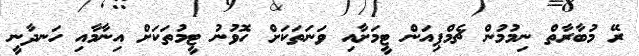
ރޭ މުބާރާތް ނިމުމުން ޗެމްޕިއަން ޓީމަށާއި ވަނަތަކަށް ހޮވުނު ޓީމުތަކަށް އިނާމާއި ހަނދާނީ